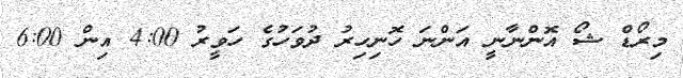
މިރޯޑް ޝޯ އޮންނާނީ އަންނަ ހޮނިހިރު ދުވަހުގެ ހަވީރު 4:00 އިން 6:00